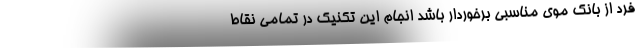
فرد از بانک موی مناسبی برخوردار باشد انجام این تکنیک در تمامی نقاط